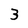
Character: 3